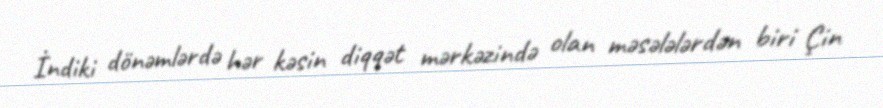
İndiki dönəmlərdə hər kəsin diqqət mərkəzində olan məsələlərdən biri Çin